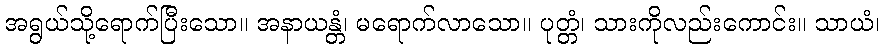
အရွယ်သို့ရောက်ပြီးသော။ အနာယန္တံ၊ မရောက်လာသော။ ပုတ္တံ၊ သားကိုလည်းကောင်း။ သာယံ၊